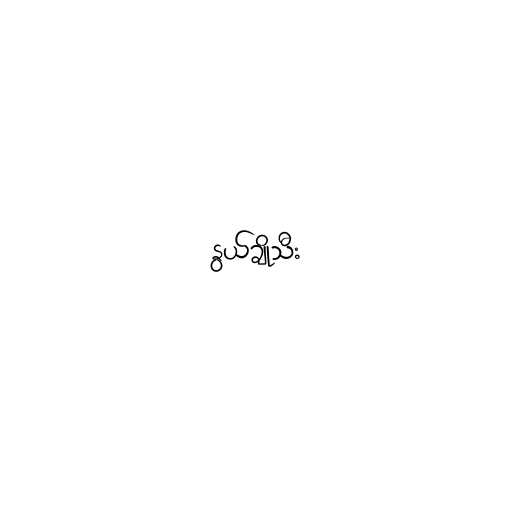
နွယ်ချိုသီး